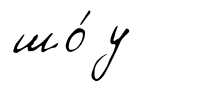
шо́у